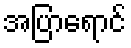
အပြာရောင်